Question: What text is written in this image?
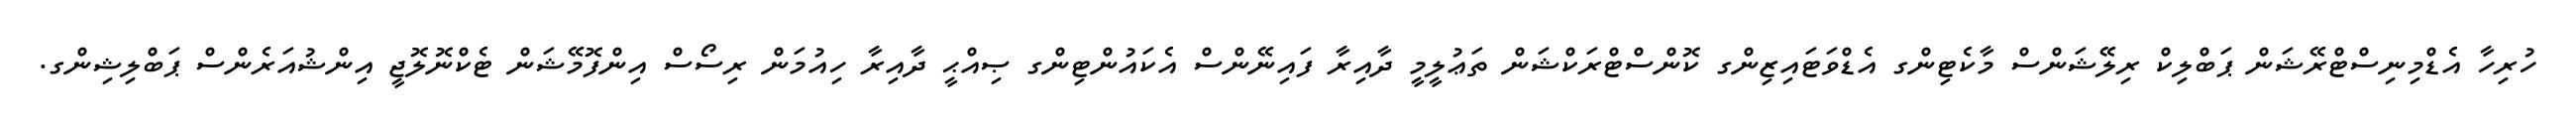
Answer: ހުރިހާ އެޑްމިނިސްޓްރޭޝަން ޕަބްލިކް ރިލޭޝަންސް މާކެޓިންގ އެޑްވަޓައިޒިންގ ކޮންސްޓްރަކްޝަން ތަޢުލީމީ ދާއިރާ ފައިނޭންސް އެކައުންޓިންގ ޞިއްޙީ ދާއިރާ ހިއުމަން ރިސޯސް އިންފޮމޭޝަން ޓެކްނޮލޮޖީ އިންޝުއަރެންސް ޕަބްލިޝިންގ.